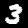
Label: 3